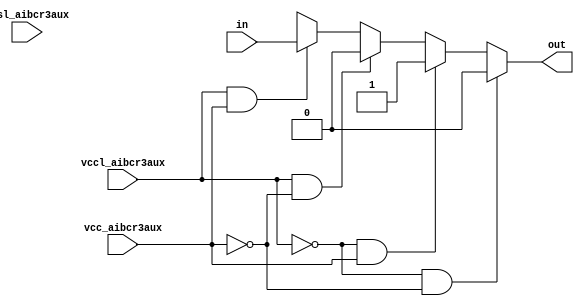
// SPDX-License-Identifier: Apache-2.0
// Copyright (C) 2019 Intel Corporation. 


module aibcr3aux_lvshift ( out, vccl_aibcr3aux, vcc_aibcr3aux, vssl_aibcr3aux, in);

output  out;

input  vccl_aibcr3aux, vcc_aibcr3aux, vssl_aibcr3aux;

input  in;
reg out;
//wire NET58 , in_shift , in_shiftb , inb , in_sw , NET59 ;
//no vccl_aibcr3aux, vcc_aibcr3aux and vssl_aibcr3aux tracking as of now.
always @ (in, vccl_aibcr3aux, vcc_aibcr3aux)
begin
	if (vccl_aibcr3aux == 1'b0 && vcc_aibcr3aux == 1'b0) 
	begin
		out = 1'b0;		
	end
	else if (vccl_aibcr3aux == 1'b0 && vcc_aibcr3aux == 1'b1)
	begin
		out = 1'b1;
	end
	else if (vccl_aibcr3aux == 1'b1 && vcc_aibcr3aux == 1'b0)
	begin
		out = 1'b0;
	end
	else if (vccl_aibcr3aux == 1'b1 && vcc_aibcr3aux == 1'b1)
	begin
		out = in;
	end
	else
	begin
		out = 1'bx;
	end	
end
endmodule